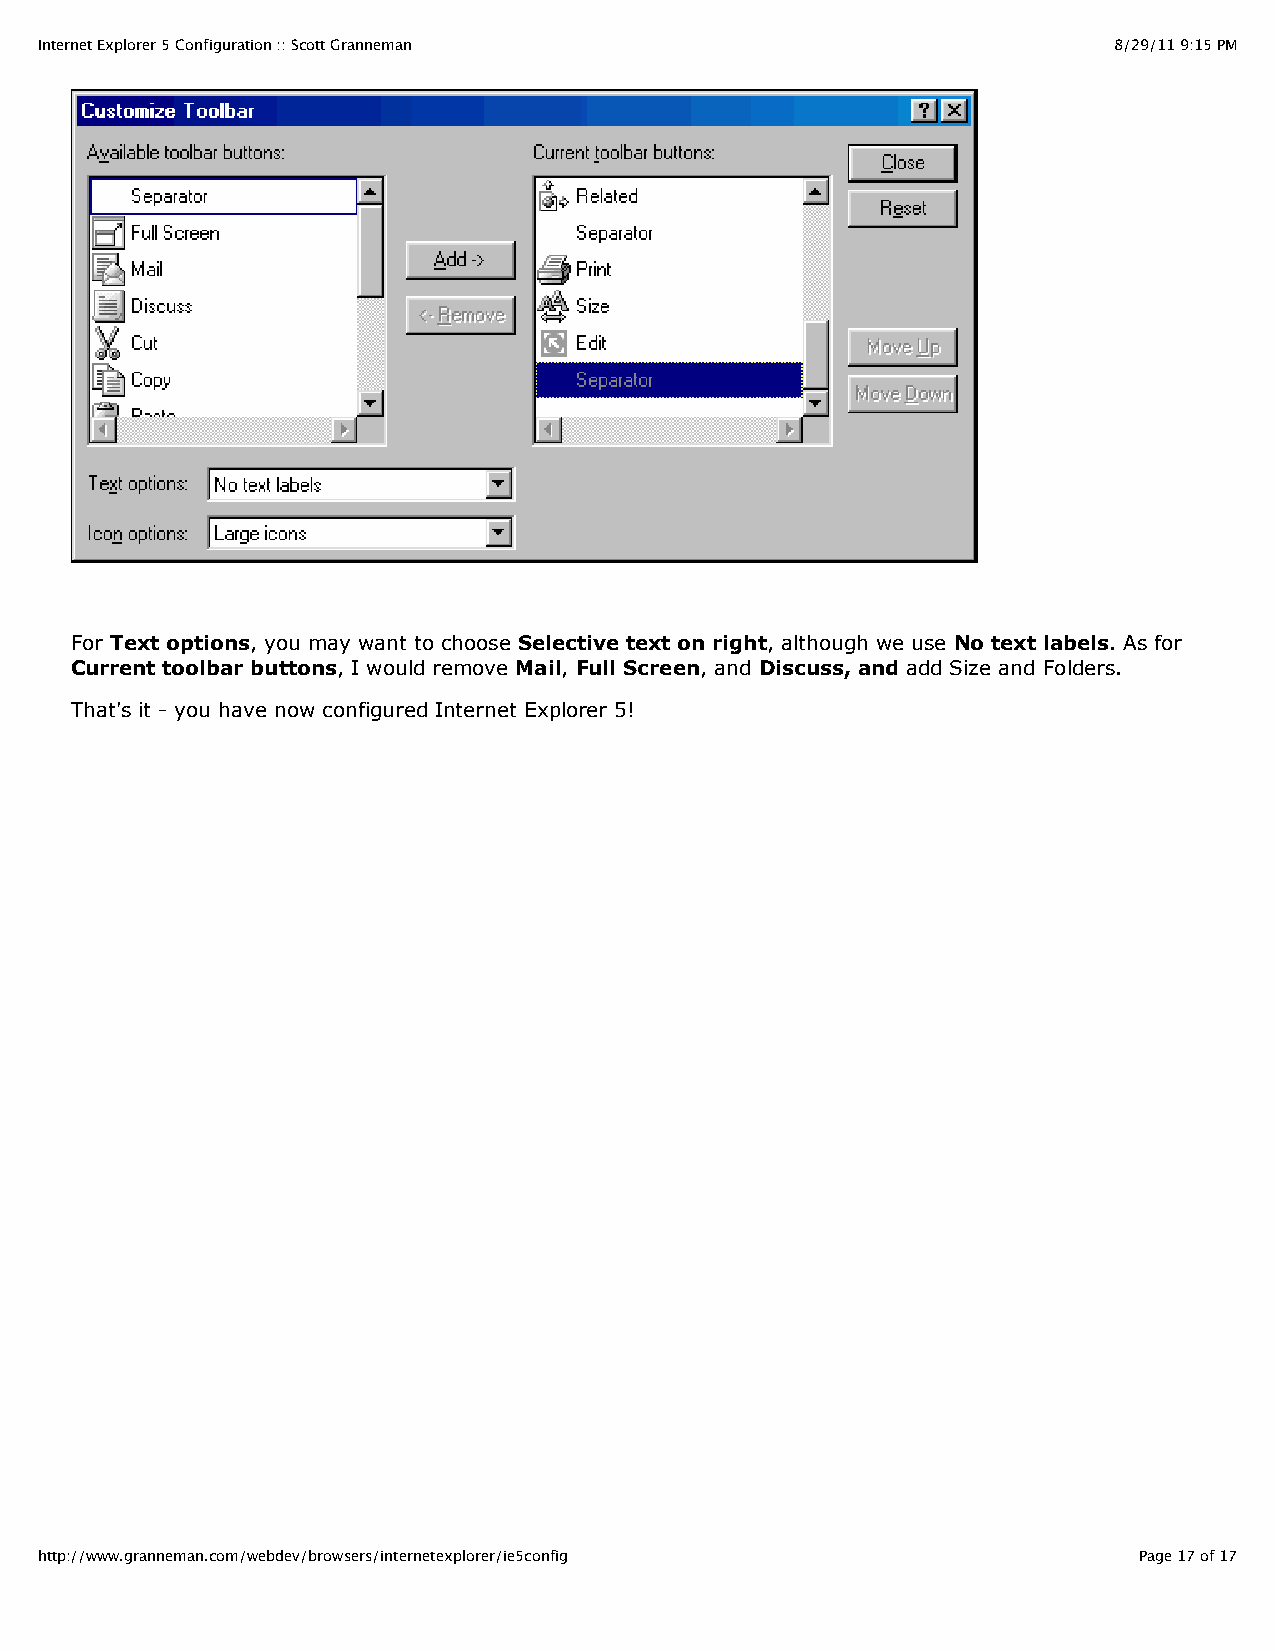
Internet Explorer 5 Configuration :: Scott Granneman                    8/29/11 9:15 PM
 For Text options, you may want to choose Selective text on right, although we use No text labels. As for
 Current toolbar buttons, I would remove Mail, Full Screen, and Discuss, and add Size and Folders.
 That's it - you have now configured Internet Explorer 5!
 http://www.granneman.com/webdev/browsers/internetexplorer/ie5config      Page 17 of 17